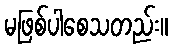
မဖြစ်ပါစေသတည်း။